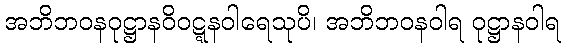
အဘိဘဝနဝုဋ္ဌာနဝိဝဋ္ဋနဝါရေသုပိ၊ အဘိဘဝနဝါရ ဝုဋ္ဌာနဝါရ